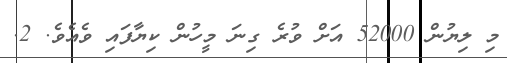
މި ލިޔުން 52000 އަށް ވުރެ ގިނަ މީހުން ކިޔާފައި ވެއެވެ. 2.